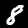
Digit: 8